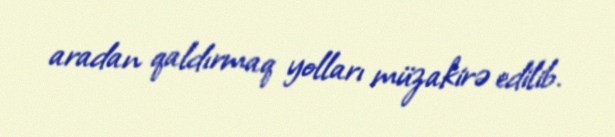
aradan qaldırmaq yolları müzakirə edilib.